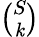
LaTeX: \textstyle{\binom{S}{\mathit{k}}}